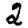
Digit: 2